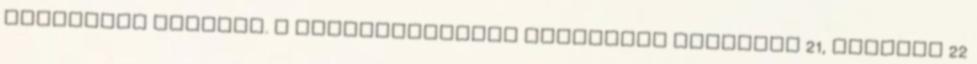
karbonból készült. A súlycsökkentés részeként könnyebb 21, illetve 22